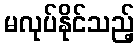
မလုပ်နိုင်သည့်